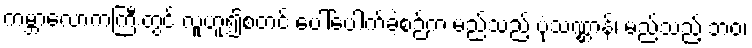
ကမ္ဘာလောကကြီးတွင် လူဟူ၍စတင် ပေါ်ပေါက်ခဲ့စဉ်က မည်သည့် ပုံသဏ္ဌာန်၊ မည်သည့် ဘဝ၊